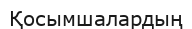
Қосымшалардың